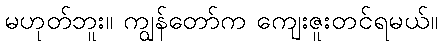
မဟုတ်ဘူး။ ကျွန်တော်က ကျေးဇူးတင်ရမယ်။